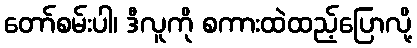
တော်စမ်းပါ၊ ဒီလူကို စကားထဲထည့်ပြောလို့